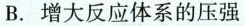
B.增大反应体系的压强